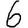
Digit: 6